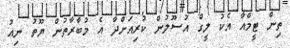
ތިން ޓީމްއާ އެކު ލީގް އުސޫލުން ކުރިއަށްދާ އެ މުބާރާތުން ޔޫތު ނިއު